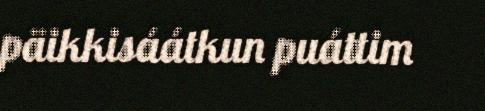
päikkisáátkun puáttim